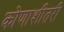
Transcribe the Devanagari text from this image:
कोणाशीतरी